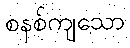
စနစ်ကျသော